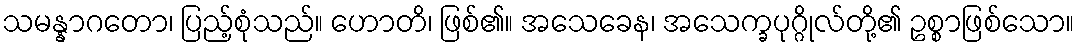
သမန္နာဂတော၊ ပြည့်စုံသည်။ ဟောတိ၊ ဖြစ်၏။ အသေခေန၊ အသေက္ခပုဂ္ဂိုလ်တို့၏ ဥစ္စာဖြစ်သော။